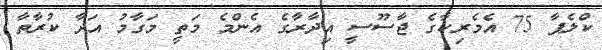
ކްލެޕާ 75 އެމެރިކާގެ ޖާސޫސީ އިދާރާގެ އެންމެ މަތީ މަގާމު އަދާ ކުރާތާ